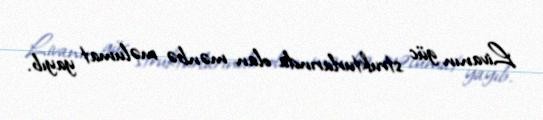
Livanın güc strukturlarında olan mənbə məlumat yayıb.